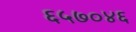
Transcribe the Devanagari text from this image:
६५७०४६